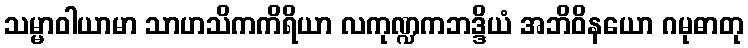
သမ္မာဝါယာမာ သာဟသိကကိရိယာ လကုဏ္ဍကဘဒ္ဒိယံ အဘိဝိနယော ဂမုဓာတု